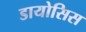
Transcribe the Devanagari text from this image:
डायोसिस